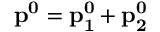
\bf { p } ^ { 0 } = \bf { p } _ { 1 } ^ { 0 } + \bf { p } _ { 2 } ^ { 0 }